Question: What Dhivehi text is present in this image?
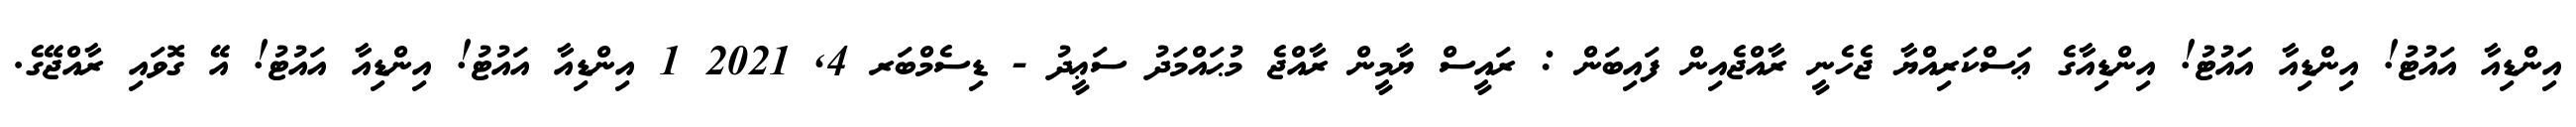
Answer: އިންޑިއާ އައުޓު! އިންޑިއާ އައުޓު! އިންޑިއާގެ ޢަސްކަރިއްޔާ ޖެހެނީ ރާއްޖެއިން ފައިބަން : ރައީސް ޔާމީން ރާއްޖެ މުޙައްމަދު ސަޢީދު - ޑިސެމްބަރ 4, 2021 1 އިންޑިއާ އައުޓު! އިންޑިއާ އައުޓު! އޭ ގޮވައި ރާއްޖޭގެ.